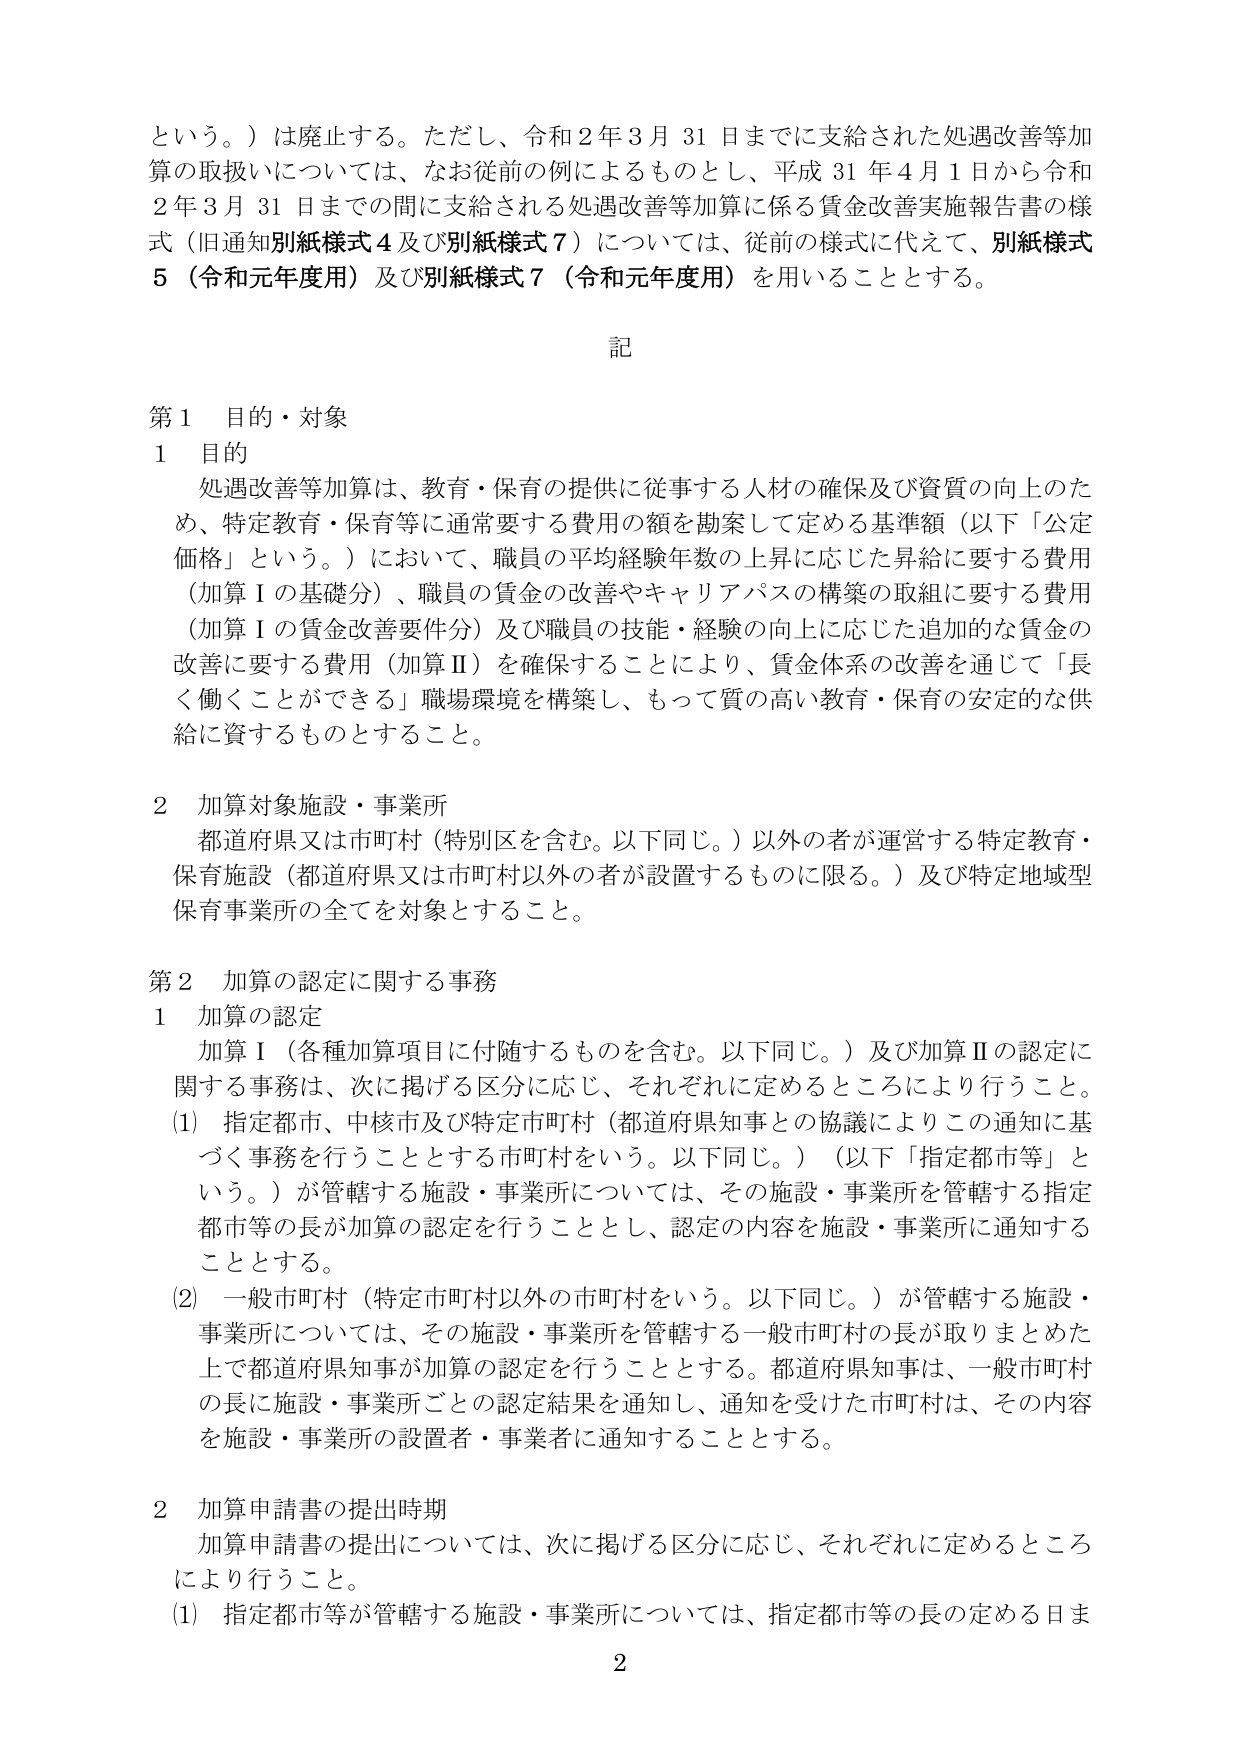
という。）は廃止する。ただし、令和２年３月31日までに支給された処遇改善等加算の取扱いについては、なお従前の例によるものとし、平成31年４月１日から令和２年３月31日までの間に支給される処遇改善等加算に係る賃金改善実施報告書の様式（旧通知別紙様式４及び別紙様式７）については、従前の様式に代えて、別紙様式５（令和元年度用）及び別紙様式７（令和元年度用）を用いることとする。

記

第１ 目的・対象

１ 目的
処遇改善等加算は、教育・保育の提供に従事する人材の確保及び資質の向上のため、特定教育・保育等に通常要する費用の額を勘案して定める基準額（以下「公定価格」という。）において、職員の平均経験年数の上昇に応じた昇給に要する費用（加算Ⅰの基礎分）、職員の賃金の改善やキャリアパスの構築の取組に要する費用（加算Ⅰの賃金改善要件分）及び職員の技能・経験の向上に応じた追加的な賃金の改善に要する費用（加算Ⅱ）を確保することにより、賃金体系の改善を通じて「長く働くことができる」職場環境を構築し、もって質の高い教育・保育の安定的な供給に資するものとすること。

２ 加算対象施設・事業所
都道府県又は市町村（特別区を含む。以下同じ。）以外の者が運営する特定教育・保育施設（都道府県又は市町村以外の者が設置するものに限る。）及び特定地域型保育事業所の全てを対象とすること。

第２ 加算の認定に関する事務

１ 加算の認定
加算Ⅰ（各種加算項目に付随するものを含む。以下同じ。）及び加算Ⅱの認定に関する事務は、次に掲げる区分に応じ、それぞれに定めるところにより行うこと。
(1) 指定都市、中核市及び特定市町村（都道府県知事との協議によりこの通知に基づく事務を行うこととする市町村をいう。以下同じ。）（以下「指定都市等」という。）が管轄する施設・事業所については、その施設・事業所を管轄する指定都市等の長が加算の認定を行うこととし、認定の内容を施設・事業所に通知することとする。
(2) 一般市町村（特定市町村以外の市町村をいう。以下同じ。）が管轄する施設・事業所については、その施設・事業所を管轄する一般市町村の長が取りまとめた上で都道府県知事が加算の認定を行うこととする。都道府県知事は、一般市町村の長に施設・事業所ごとの認定結果を通知し、通知を受けた市町村は、その内容を施設・事業所の設置者・事業者に通知することとする。

２ 加算申請書の提出時期
加算申請書の提出については、次に掲げる区分に応じ、それぞれに定めるところにより行うこと。
(1) 指定都市等が管轄する施設・事業所については、指定都市等の長の定める日ま

2